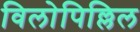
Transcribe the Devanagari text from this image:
विलोपिल्लिल